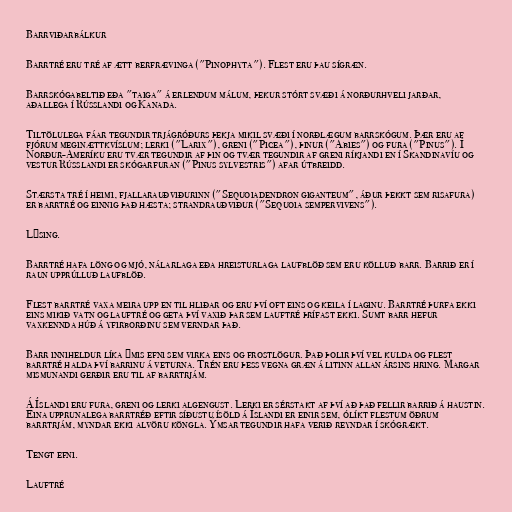
Barrviðarbálkur

Barrtré eru tré af ætt berfrævinga ("Pinophyta"). Flest eru þau sígræn.

Barrskógabeltið eða "taiga" á erlendum málum, þekur stórt svæði á norðurhveli jarðar,
aðallega í Rússlandi og Kanada.

Tiltölulega fáar tegundir trjágróðurs þekja mikil svæði í norðlægum barrskógum. Þær eru af
fjórum meginættkvíslum; lerki ("Larix"), greni ("Picea"), þinur ("Abies") og fura ("Pinus"). Í
Norður-Ameríku eru tvær tegundir af þin og tvær tegundir af greni ríkjandi en í Skandinavíu og
vestur Rússlandi er skógarfuran ("Pinus sylvestris") afar útbreidd.

Stærsta tré í heimi, fjallarauðviðurinn ("Sequoiadendron giganteum", áður þekkt sem risafura)
er barrtré og einnig það hæsta; strandrauðviður ("Sequoia sempervivens").

Lýsing.

Barrtré hafa löng og mjó, nálarlaga eða hreisturlaga laufblöð sem eru kölluð barr. Barrið er í
raun upprúlluð laufblöð.

Flest barrtré vaxa meira upp en til hliðar og eru því oft eins og keila í laginu. Barrtré þurfa ekki
eins mikið vatn og lauftré og geta því vaxið þar sem lauftré þrífast ekki. Sumt barr hefur
vaxkennda húð á yfirborðinu sem verndar það.

Barr inniheldur líka ýmis efni sem virka eins og frostlögur. Það þolir því vel kulda og flest
barrtré halda því barrinu á veturna. Trén eru þess vegna græn á litinn allan ársins hring. Margar
mismunandi gerðir eru til af barrtrjám.

Á Íslandi eru fura, greni og lerki algengust. Lerki er sérstakt af því að það fellir barrið á haustin.
Eina upprunalega barrtréð eftir síðustu ísöld á Íslandi er einir sem, ólíkt flestum öðrum
barrtrjám, myndar ekki alvöru köngla. Ýmsar tegundir hafa verið reyndar í skógrækt.

Tengt efni.

Lauftré